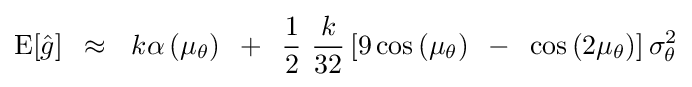
{\rm {E}}[{\hat {g}}]\,\,\,\approx \,\,\,\,k\alpha \left({\mu _{\theta }}\right)\,\,\,+\,\,\,{1 \over 2}\,\,{k \over {32}}\left[{9\cos \left({\mu _{\theta }}\right)\,\,\,-\,\,\,\cos \left({2\mu _{\theta }}\right)}\right]\sigma _{\theta }^{2}